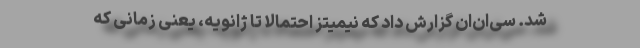
شد. سی‌ان‌ان گزارش داد که نیمیتز احتمالا تا ژانویه، یعنی زمانی که